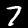
Digit: 7